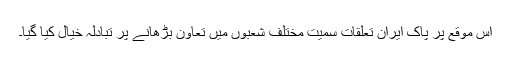
اس موقع پر پاک ایران تعلقات سمیت مختلف شعبوں میں تعاون بڑھانے پر تبادلہ خیال کیا گیا۔